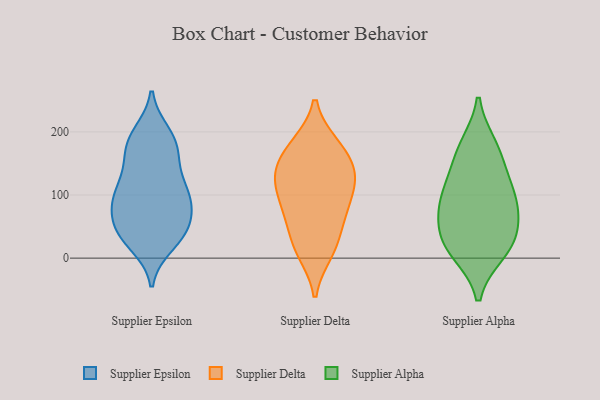
{"axis": {"x": "Backlog", "y": "Value"}, "legend": ["Supplier Alpha", "Supplier Delta", "Supplier Epsilon"], "data": [{"x": "", "y": 94, "type": "Supplier Epsilon"}, {"x": "", "y": 22, "type": "Supplier Epsilon"}, {"x": "", "y": 130, "type": "Supplier Epsilon"}, {"x": "", "y": 185, "type": "Supplier Epsilon"}, {"x": "", "y": 41, "type": "Supplier Epsilon"}, {"x": "", "y": 103, "type": "Supplier Epsilon"}, {"x": "", "y": 90, "type": "Supplier Epsilon"}, {"x": "", "y": 33, "type": "Supplier Epsilon"}, {"x": "", "y": 56, "type": "Supplier Epsilon"}, {"x": "", "y": 35, "type": "Supplier Epsilon"}, {"x": "", "y": 185, "type": "Supplier Epsilon"}, {"x": "", "y": 150, "type": "Supplier Epsilon"}, {"x": "", "y": 91, "type": "Supplier Epsilon"}, {"x": "", "y": 185, "type": "Supplier Epsilon"}, {"x": "", "y": 158, "type": "Supplier Epsilon"}, {"x": "", "y": 45, "type": "Supplier Epsilon"}, {"x": "", "y": 60, "type": "Supplier Epsilon"}, {"x": "", "y": 95, "type": "Supplier Epsilon"}, {"x": "", "y": 105, "type": "Supplier Epsilon"}, {"x": "", "y": 197, "type": "Supplier Epsilon"}, {"x": "", "y": 24, "type": "Supplier Delta"}, {"x": "", "y": 174, "type": "Supplier Delta"}, {"x": "", "y": 131, "type": "Supplier Delta"}, {"x": "", "y": 78, "type": "Supplier Delta"}, {"x": "", "y": 130, "type": "Supplier Delta"}, {"x": "", "y": 65, "type": "Supplier Delta"}, {"x": "", "y": 137, "type": "Supplier Delta"}, {"x": "", "y": 179, "type": "Supplier Delta"}, {"x": "", "y": 100, "type": "Supplier Delta"}, {"x": "", "y": 10, "type": "Supplier Delta"}, {"x": "", "y": 95, "type": "Supplier Alpha"}, {"x": "", "y": 169, "type": "Supplier Alpha"}, {"x": "", "y": 36, "type": "Supplier Alpha"}, {"x": "", "y": 65, "type": "Supplier Alpha"}, {"x": "", "y": 13, "type": "Supplier Alpha"}, {"x": "", "y": 10, "type": "Supplier Alpha"}, {"x": "", "y": 134, "type": "Supplier Alpha"}, {"x": "", "y": 177, "type": "Supplier Alpha"}, {"x": "", "y": 33, "type": "Supplier Alpha"}, {"x": "", "y": 94, "type": "Supplier Alpha"}, {"x": "", "y": 93, "type": "Supplier Alpha"}]}